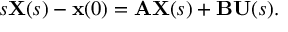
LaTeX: s \mathbf { X } ( s ) - \mathbf { x } ( 0 ) = \mathbf { A } \mathbf { X } ( s ) + \mathbf { B } \mathbf { U } ( s ) .